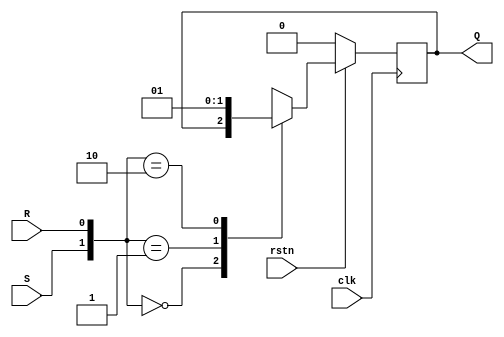
module sr_ff(

	input S,R,
	input clk,
	input rstn,
	output reg Q
);

//assign q = clk? (s + ((~r) & q)) : q;
//assign qbar = ~q;

always@(posedge clk) begin
	if(~rstn) begin
		Q <= 0;
	end else begin
		case({S,R})
			2'b00 : Q <= Q;
			2'b01 : Q <= 1'b0;
			2'b10 : Q <= 1'b1;
			2'b11 : Q <= 1'bx;
		endcase
	end
end
endmodule